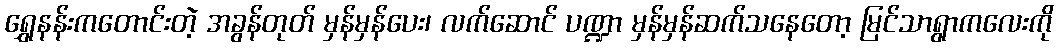
ရွှေနန်းကတောင်းတဲ့ အခွန်တုတ် မှန်မှန်ပေး၊ လက်ဆောင် ပဏ္ဍာ မှန်မှန်ဆက်သနေတော့ မြင်သာရွာကလေးကို